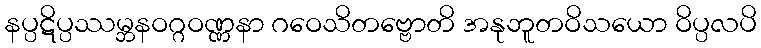
နပ္ပဋိပ္ပဿမ္ဘနဝဂ္ဂဝဏ္ဏနာ ဂဝေသိတဗ္ဗောတိ အနုဘူတဝိသယော ဝိပ္ပလပိ